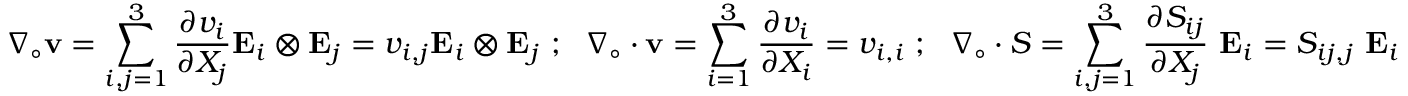
{ \boldsymbol { \nabla } } _ { \circ } \mathbf { v } = \sum _ { i , j = 1 } ^ { 3 } { \frac { \partial v _ { i } } { \partial X _ { j } } } \mathbf { E } _ { i } \otimes \mathbf { E } _ { j } = v _ { i , j } \mathbf { E } _ { i } \otimes \mathbf { E } _ { j } ~ ; ~ ~ { \boldsymbol { \nabla } } _ { \circ } \cdot \mathbf { v } = \sum _ { i = 1 } ^ { 3 } { \frac { \partial v _ { i } } { \partial X _ { i } } } = v _ { i , i } ~ ; ~ ~ { \boldsymbol { \nabla } } _ { \circ } \cdot { \boldsymbol { S } } = \sum _ { i , j = 1 } ^ { 3 } { \frac { \partial S _ { i j } } { \partial X _ { j } } } ~ \mathbf { E } _ { i } = S _ { i j , j } ~ \mathbf { E } _ { i }